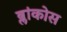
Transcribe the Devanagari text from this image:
ब्लांकोस